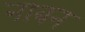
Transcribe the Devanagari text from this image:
नाबन